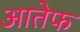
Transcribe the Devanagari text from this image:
आतेफ